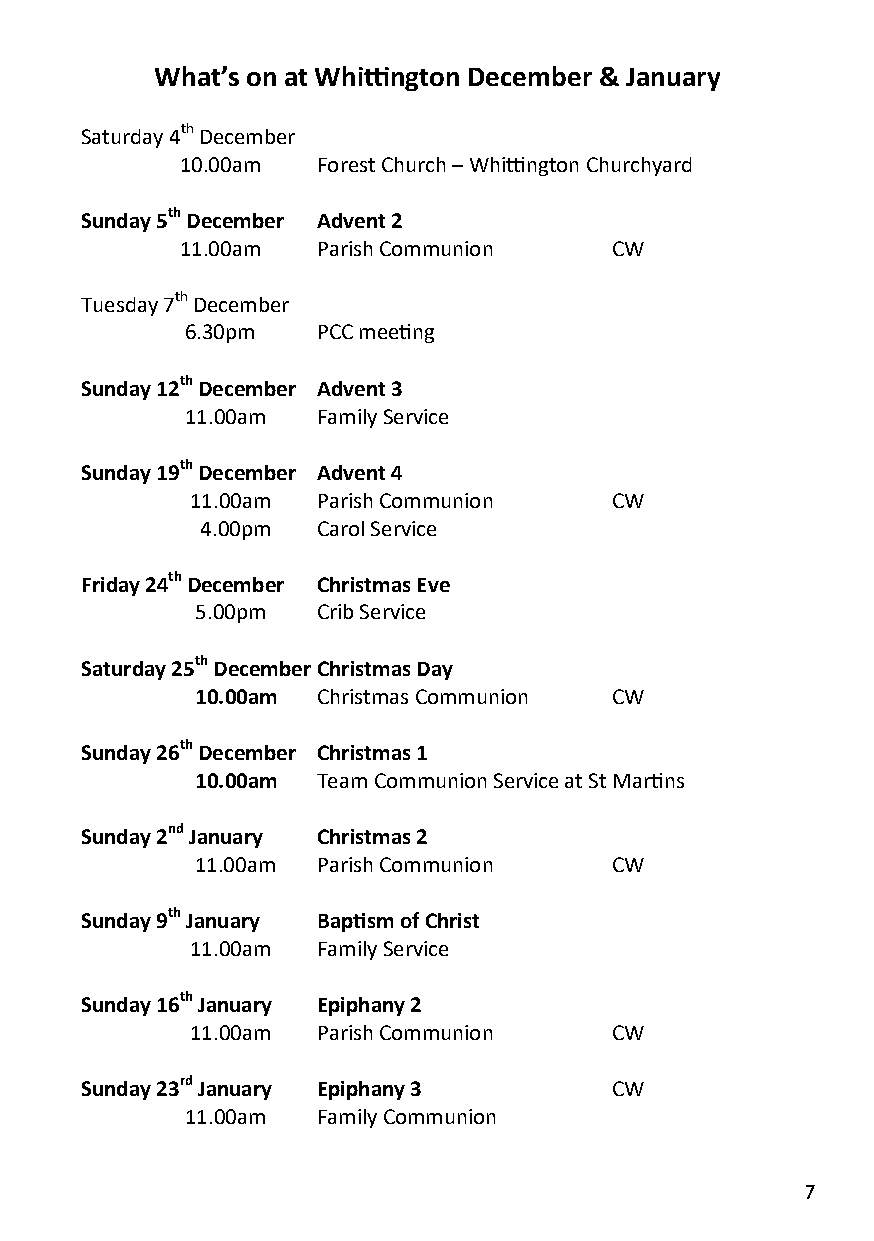
What’s on at Whittington December & January
 Saturday 4th December
 10.00am  Forest Church – Whittington Churchyard
 Sunday 5th December Advent 2
 11.00am  Parish Communion   CW
 Tuesday 7th December
 6.30pm   PCC meeting
 Sunday 12th December Advent 3
 11.00am  Family Service
 Sunday 19th December Advent 4
 11.00am Parish Communion   CW
 4.00pm  Carol Service
 Friday 24th December Christmas Eve
 5.00pm  Crib Service
 Saturday 25th December Christmas Day
 10.00am Christmas Communion CW
 Sunday 26th December Christmas 1
 10.00am Team Communion Service at St Martins
 Sunday 2nd January Christmas 2
 11.00am Parish Communion   CW
 Sunday 9th January Baptism of Christ
 11.00am Family Service
 Sunday 16th January Epiphany 2
 11.00am Parish Communion   CW
 Sunday 23rd January Epiphany 3     CW
 11.00am  Family Communion
 7